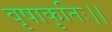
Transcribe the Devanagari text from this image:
वृषाकृतिः।।